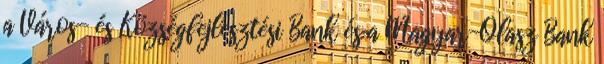
a Város- és Községfejlesztési Bank és a Magyar-Olasz Bank